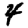
Digit: 4